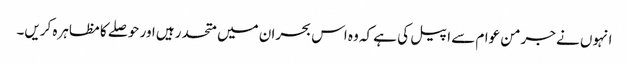
انہوں نے جرمن عوام سے اپیل کی ہے کہ وہ اس بحران میں متحد رہیں اور حوصلے کا مظاہرہ کریں۔